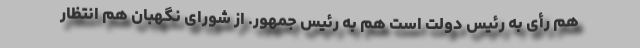
هم رأی به رئیس دولت است هم به رئیس جمهور. از شورای نگهبان هم انتظار